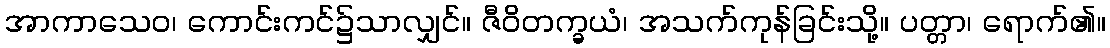
အာကာသေဝ၊ ကောင်းကင်၌သာလျှင်။ ဇီဝိတက္ခယံ၊ အသက်ကုန်ခြင်းသို့။ ပတ္တာ၊ ရောက်၏။